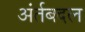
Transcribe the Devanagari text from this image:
अंर्तबदल